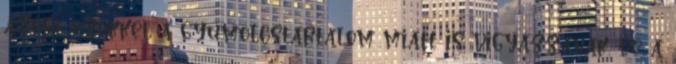
azért ezekkel a gyümölcstartalom miatt is vigyázzanak, de a